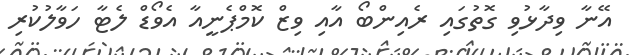
އޭނާ ވިދާޅުވި ގޮތުގައި ރެއިންބޯ އާއި ވިޒް ކޮމްޕެނީއާ އެވޯޑް ލެޓާ ހަވާލުކުރި